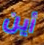
أين